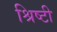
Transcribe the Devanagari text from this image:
श्रिष्टी